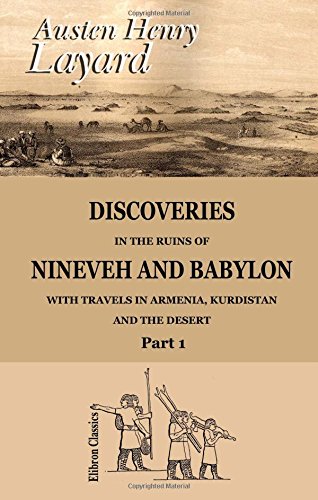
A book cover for Discoveries in the Ruins of Nineveh and Babylon; with Travels in Armenia, Kurdistan and the Desert: Part 1; Austen Henry Layard; Travel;